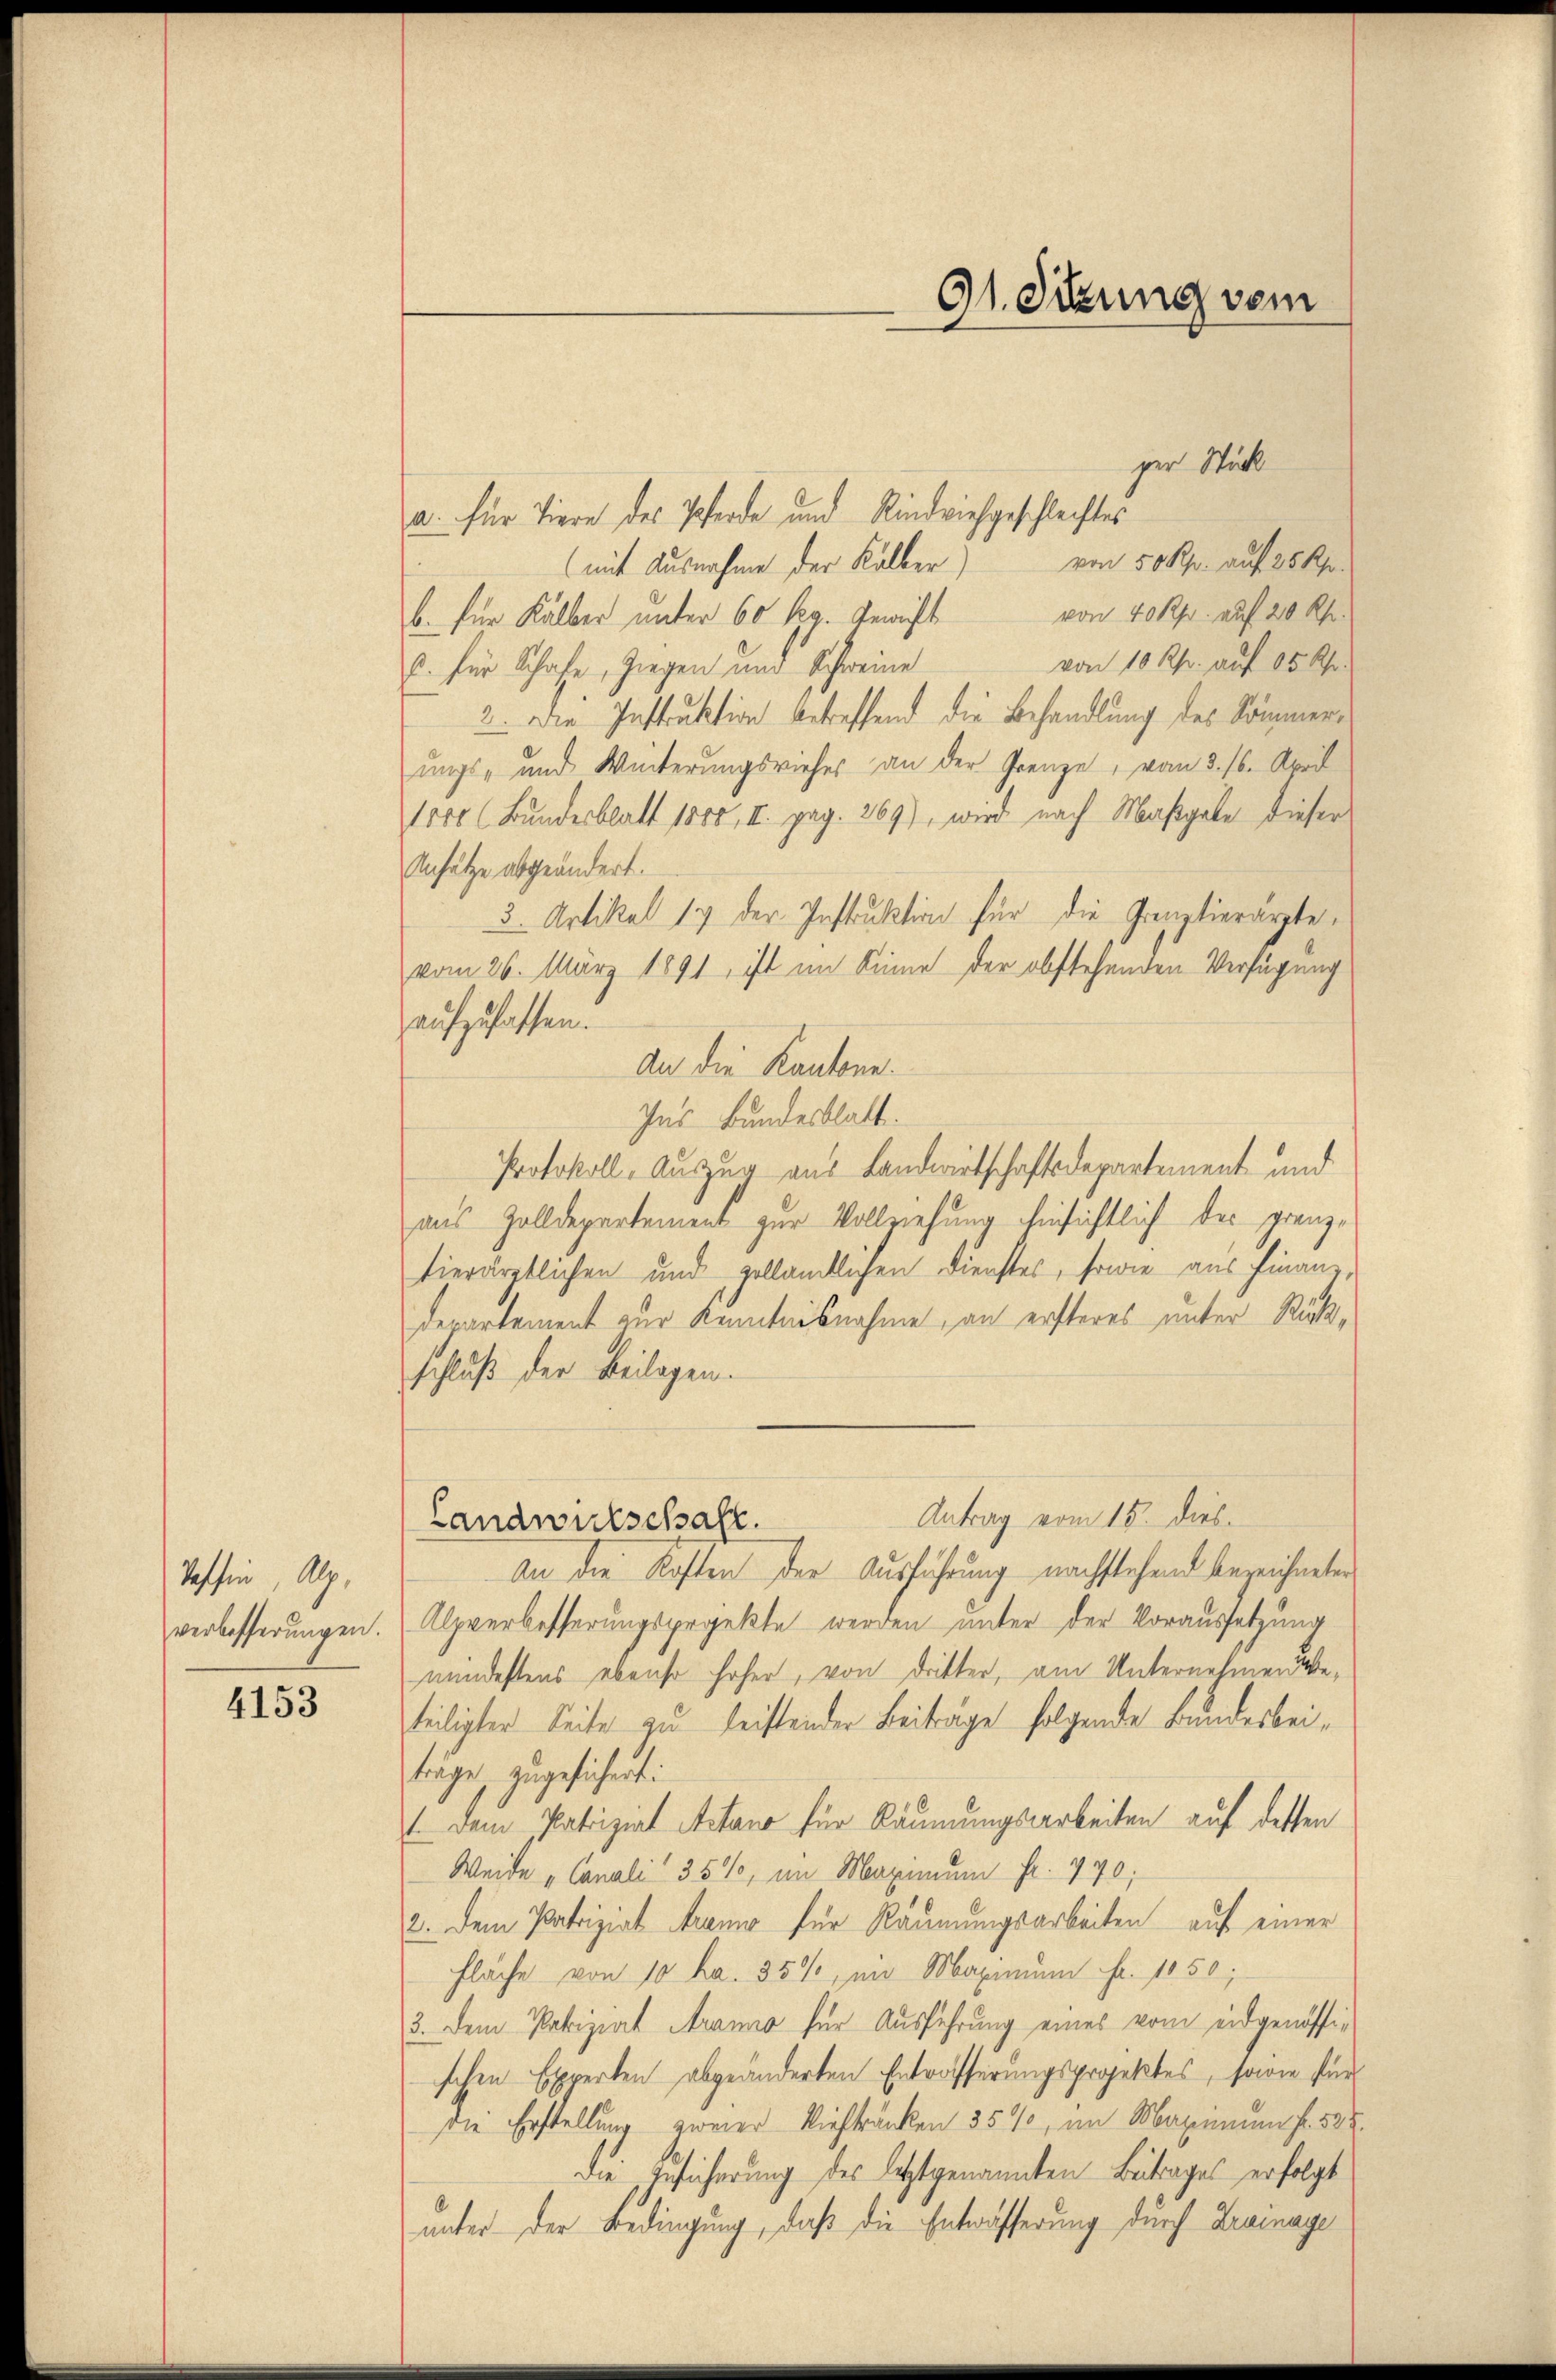
Tessin, Alp

4153

91. Sitzung vom

a. für Tiere des Pferde und Rindviehgeschlechtes
(mit Ausnahme der Kälber) von 50 Rp. auf 25 Rp.
b. für Kälber unter 60 Rg. Gewicht von 40 Rp. auf 20 kr.
von 10 Rp. auf 05 Uhr.
C. für Schafe, Ziegen und Schweine
2. Die Instruktion betreffend die Behandlung des Sommerungs- und Winterungsvieher an der Grenze, vom 3. 16. April
1000 (Bundesblatt 1880, II. pag. 269), wird nach Maßgabe dieser
Ansätze abgeändert.
3. Artikel 17 der Instruktion für die Grenztierärzte,
vom 26. März 1891 ist im Sinne der obstehenden Verfügung
aufzufassen.
An die Kantone
Ins Bundesblatt.
Protokoll-Auszug aus Landwirtschaftsdepartement und
aus Zolldepartement zur Vollziehung hinsichtlich der grenztierärztlichen und gelländlichen Dienstes, sowie aus Finanz,
Departement zur Kenntnisnahme, an ersteres unter Rückschluß der Beilagen.
Antrag vom 15. dies.
Landwulschaft.
An die Kosten der Ausführung nachstehend bezeichneten
verbesserungen. (Alpverbesserungsprojekte werden unter der Voraussetzung
mindestens ebenso hoher, von dritter, am Unternehmen beteiligter Seite zu leistender Beiträge folgende Bundesbeiträge, zugesichert:
1. Dem Patriziat Actano für Räumungsarbeiten auf dessen
Weide „Canali“ 35%, im Maximum fr. 940,
2. Dem Patriziat Aramo für Räumungsarbeiten auf einer
Fläche von 10 ha. 35%, im Maximum fr. 1850;
3. Dem Patriziat Arano für Ausführung eines vom eidgenössig
schen Experten abgeänderten Entwässerungsprojektes, sowie für
die Erstellung zweier tieftränken 35%, im Maximum fl. 528.
die Besicherung des letztgenannten Beitrages erfolgt
unter der Bedingung, daß die Entwässerung durch Krainage

per Stück